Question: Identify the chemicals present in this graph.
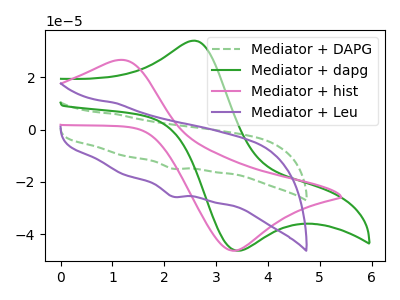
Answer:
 <answer>The green dashed curve is labeled "Mediator + DAPG". The green curve is labeled "Mediator + dapg". The pink curve is labeled "Mediator + hist". The purple curve is labeled "Mediator + Leu".</answer>
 <eval></eval>